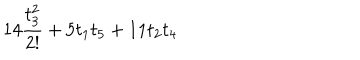
LaTeX: 1 4 \frac { t _ { 3 } ^ { 2 } } { 2 ! } + 5 t _ { 1 } t _ { 5 } + 1 1 t _ { 2 } t _ { 4 }